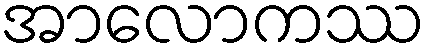
အာလောကဿ